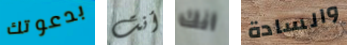
بدعوتك أنت أنك والسادة